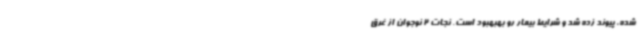
شده، پیوند زده شد و شرایط بیمار رو بهبهبود است. نجات 2 نوجوان از غرق